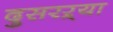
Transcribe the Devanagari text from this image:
दुसरऱ्या